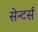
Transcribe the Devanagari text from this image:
सेन्टर्स